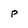
Character: p